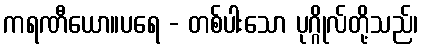
ကရဏီယော။ပရေ - တစ်ပါးသော ပုဂ္ဂိုလ်တို့သည်၊